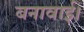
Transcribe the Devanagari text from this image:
बनावाई।